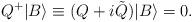
LaTeX: \begin{align*}Q^+ |B\rangle \equiv (Q + i \tilde Q) |B\rangle =0.\end{align*}